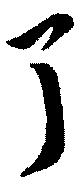
了